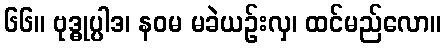
၆၆။ ဗုဒ္ဓုပ္ပါဒ၊ နဝမ မခဲယဉ်းလှ၊ ထင်မည်လော။